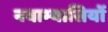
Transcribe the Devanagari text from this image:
नवाभ्यासियों